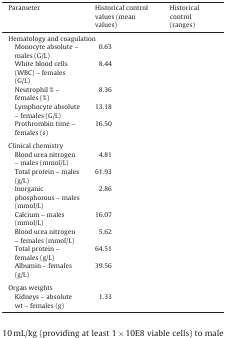
<table><thead><tr><td><b>Parameter</b></td><td><b>Historical control values (mean values)</b></td><td><b>Historical control (ranges)</b></td></tr></thead><tbody><tr><td colspan="3">Hematology and coagulation</td></tr><tr><td> Monocyte absolute – males (G/L)</td><td>0.63</td><td>[EMPTY_CELL]</td></tr><tr><td> White blood cells (WBC) – females (G/L)</td><td>8.44</td><td>[EMPTY_CELL]</td></tr><tr><td> Neutrophil % – females (%)</td><td>8.36</td><td>[EMPTY_CELL]</td></tr><tr><td> Lymphocyte absolute – females (G/L)</td><td>13.18</td><td>[EMPTY_CELL]</td></tr><tr><td> Prothrombin time – females (s)</td><td>16.50</td><td>[EMPTY_CELL]</td></tr><tr><td colspan="3">[EMPTY_CELL]</td></tr><tr><td colspan="3">Clinical chemistry</td></tr><tr><td> Blood urea nitrogen – males (mmol/L)</td><td>4.81</td><td>[EMPTY_CELL]</td></tr><tr><td> Total protein – males (g/L)</td><td>61.93</td><td>[EMPTY_CELL]</td></tr><tr><td> Inorganic phosphorous – males (mmol/L)</td><td>2.86</td><td>[EMPTY_CELL]</td></tr><tr><td> Calcium – males (mmol/L)</td><td>16.07</td><td>[EMPTY_CELL]</td></tr><tr><td> Blood urea nitrogen – females (mmol/L)</td><td>5.62</td><td>[EMPTY_CELL]</td></tr><tr><td> Total protein – females (g/L)</td><td>64.51</td><td>[EMPTY_CELL]</td></tr><tr><td> Albumin – females (g/L)</td><td>39.56</td><td>[EMPTY_CELL]</td></tr><tr><td colspan="3">[EMPTY_CELL]</td></tr><tr><td colspan="3">Organ weights</td></tr><tr><td> Kidneys – absolute wt – females (g)</td><td>1.33</td><td>[EMPTY_CELL]</td></tr></tbody></table>